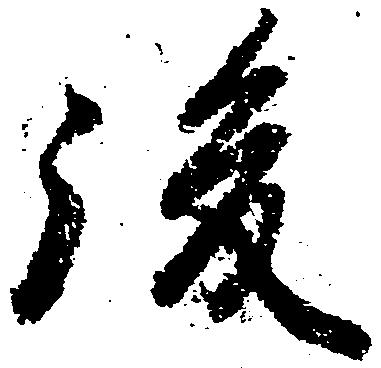
後